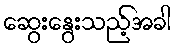
ဆွေးနွေးသည့်အခါ